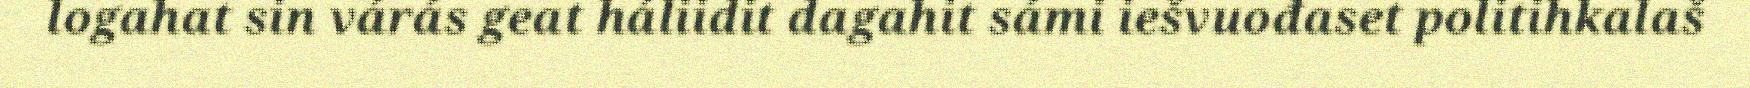
logahat sin várás geat háliidit dagahit sámi iešvuođaset politihkalaš